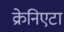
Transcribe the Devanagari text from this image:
क्रेनिएटा